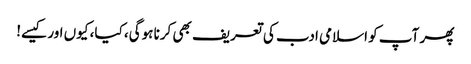
پھر آپ کو اسلامی ادب کی تعریف بھی کرنا ہوگی، کیا، کیوں اور کیسے!